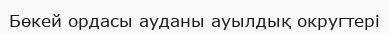
Бөкей ордасы ауданы ауылдық округтері